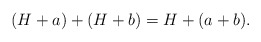
\begin{align*}(H+a)+(H+b)=H+(a+b).\end{align*}